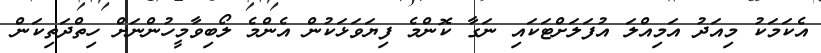
އެކަމަކު މިއަދު އަމިއްލަ އުފަލަށްޓަކައި ނަގާ ކޮންމެ ފިޔަވަޅަކުން އެންމެ ލޯބިވާމީހުންނަށް ހިތްދަތިކަން